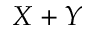
X + Y